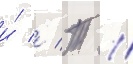
и́ // Т //